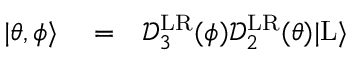
\begin{array} { r l r } { | \theta , \phi \rangle } & { { } = } & { \mathcal { D } _ { 3 } ^ { \mathrm { L R } } ( \phi ) \mathcal { D } _ { 2 } ^ { \mathrm { L R } } ( \theta ) | \mathrm { L } \rangle } \end{array}